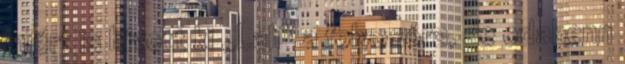
miért is hívott ki „Lali” a folyosóra, de odabenn